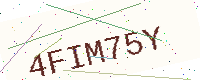
Text: 4FIM75Y